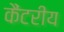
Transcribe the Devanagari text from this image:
कैंटरीय